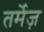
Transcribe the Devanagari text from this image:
तर्मेज़